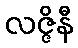
လဇ္ဇိနီ